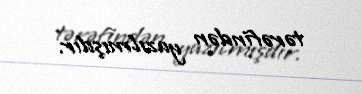
tərəfindən yazılmışdır.